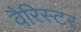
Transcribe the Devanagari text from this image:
वैरिस्टर